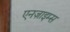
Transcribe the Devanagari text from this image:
एनज़ाइम्स